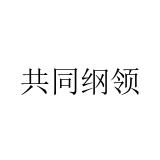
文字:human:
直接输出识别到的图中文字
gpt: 共同纲领